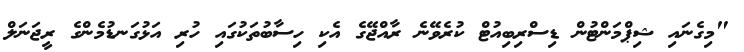
"މިގެނައި ޝިޕްމަންޓުން ޑިސްރިބިއުޓް ކުރެވޭނެ ރާއްޖޭގެ އެކި ހިސާބުތަކުގައި ހުރި އަޅުގަނޑުމެންގެ ރީޖަނަލް